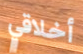
أخلاقي